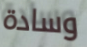
وسادة